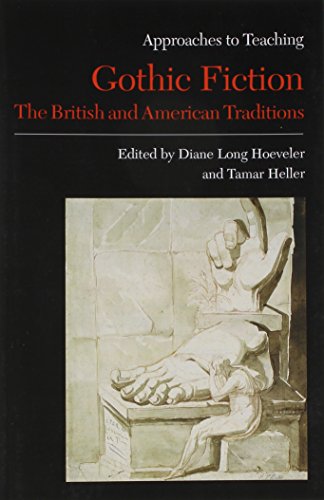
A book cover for Gothic Fiction: The British and American Traditions (Approaches to Teaching World Literature); Literature & Fiction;